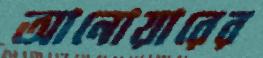
আনোয়ারের